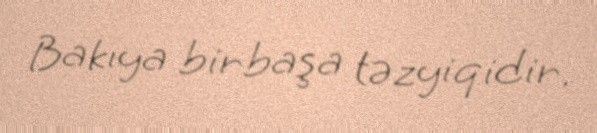
Bakıya birbaşa təzyiqidir.